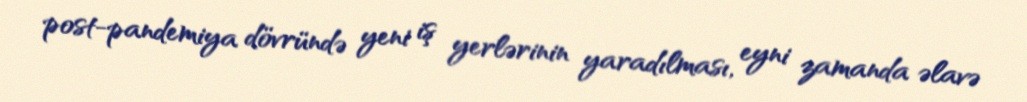
post-pandemiya dövründə yeni iş yerlərinin yaradılması, eyni zamanda əlavə